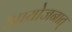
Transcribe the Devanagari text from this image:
आयोजनात्